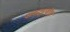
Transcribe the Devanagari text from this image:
शब्दप्रयॊग